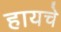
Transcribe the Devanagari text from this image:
हायचे